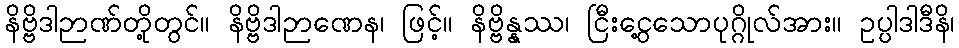
နိဗ္ဗိဒါဉာဏ်တို့တွင်။ နိဗ္ဗိဒါဉာဏေန၊ ဖြင့်။ နိဗ္ဗိန္နဿ၊ ငြီးငွေ့သောပုဂ္ဂိုလ်အား။ ဥပ္ပါဒါဒီနိ၊